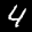
Label: 4